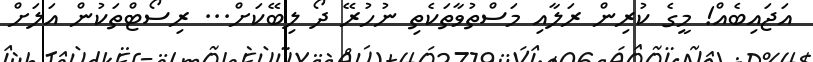
އަޖައިބެއް! މީގެ ކުރިން ރަލާއި މަސްތުވާތަކެތި ނުހުރޭ ދޯ ލިބޭކަށް... ރިސޯޓްތަކުން އަލަށް